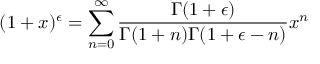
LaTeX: ( 1 + x ) ^ { \epsilon } = \sum _ { n = 0 } ^ { \infty } \frac { \Gamma ( 1 + \epsilon ) } { \Gamma ( 1 + n ) \Gamma ( 1 + \epsilon - n ) } x ^ { n }